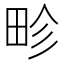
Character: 畛